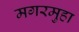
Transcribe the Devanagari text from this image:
मगरमुहा